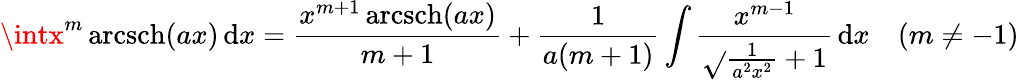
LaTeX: \intx^{m}\operatorname{arcsch}(ax)\, \mathrm{d}x={\frac{{x^{m+1}\operatorname{arcsch}(ax)}}{{m+1}}}+{\frac{{1}}{{a(m+1)}}}\int{\frac{{x^{m-1}}}{{\sqrt{}{{{\frac{{1}}{{a^{2}x^{2}}}}+1}}}}}\, \mathrm{d}x\quad(m\neq-1)